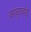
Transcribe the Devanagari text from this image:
काळुउबाई